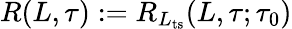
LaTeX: R(L,\tau):=R_{L_{\mathrm{ts}}}(L,\tau;\tau_{0})